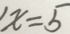
x = 5